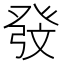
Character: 𱱷